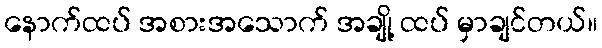
နောက်ထပ် အစားအသောက် အချို့ ထပ် မှာချင်တယ်။